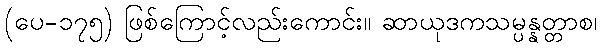
(ပေ-၁၇၅) ဖြစ်ကြောင့်လည်းကောင်း။ ဆာယုဒကသမ္ပန္နတ္တာစ၊